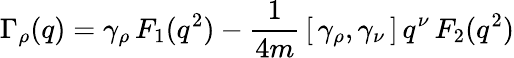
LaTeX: \Gamma_{\rho}(q)=\gamma_{\rho}\, F_{1}(q^{2})-\frac{1}{4m}\, [\, \gamma_{\rho},\gamma_{\nu}\, ]\, q^{\nu}\, F_{2}(q^{2})